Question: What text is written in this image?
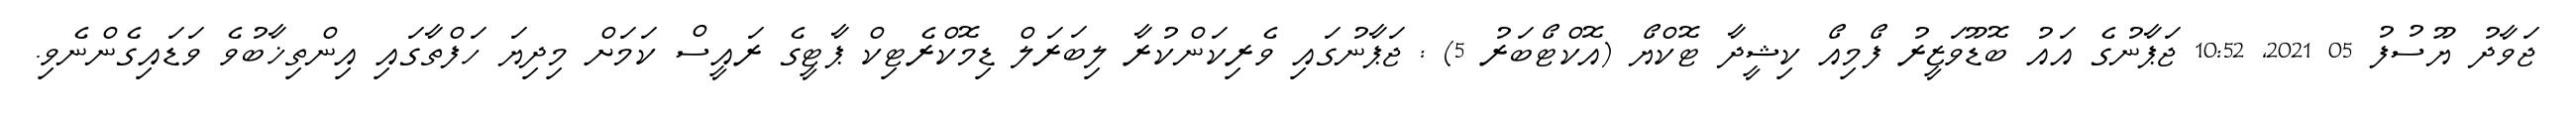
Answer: ޖަވާދު ޔޫސުފު 05 2021, 10:52 ޖަޕާނުގެ އައު ބޮޑޫވަޒީރު ފޯމިއޯ ކިޝީދާ ޓޮކްޔޯ (އޮކްޓޯބަރު 5) : ޖަޕާނުގައި ވެރިކަންކުރާ ލިބަރަލް ޑިމޮކްރެޓިކް ޕާޓީގެ ރައީސް ކަމަށް މިދިޔަ ހަފްތާގައި އިންތިޚާބުވެ ވަޑައިގެންނެވި.